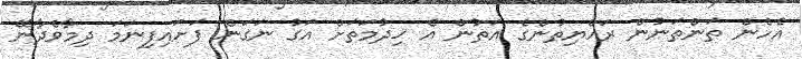
އެހެން ތަންތަނުން ރައްޔިތުންގެ އަތުން އެ ޚިދުމަތަށް އަގު ނަގަން ފަށައިފިނަމަ ދިމާވެދާނޭ